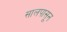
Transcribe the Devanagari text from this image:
सालपासून